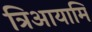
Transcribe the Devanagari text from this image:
त्रिआयामि